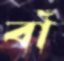
বাঁ